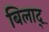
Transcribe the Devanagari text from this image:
बिलाद्